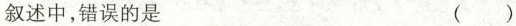
叙述中，错误的是 ()